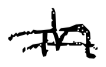
Text: in
Cross-out: double-line
Writing tool: digital_black